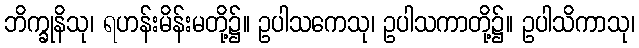
ဘိက္ခုနိသု၊ ရဟန်းမိန်းမတို့၌။ ဥပါသကေသု၊ ဥပါသကာတို့၌။ ဥပါသိကာသု၊